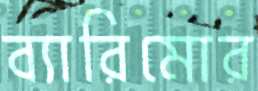
ব্যারিমোর